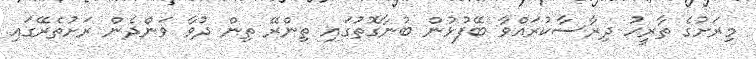
މިރަށުގެ ތާރީހު ދިރާސާކުރައްވާ ބޭފުޅުން ބުނާގޮތުގައި ތިންރޭ ތިން ދުވާ ވަންދެން ރަށުތެރޭގައި